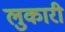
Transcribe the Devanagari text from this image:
लुकारी